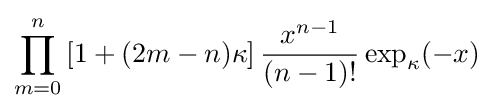
\prod _{m=0}^{n}\left[1+(2m-n)\kappa \right]{\frac {x^{n-1}}{(n-1)!}}\exp _{\kappa }(-x)